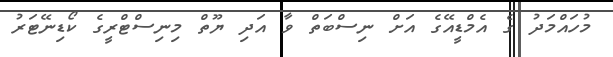
މުހައްމަދު ގެ އެމްޑީއޭގެ އަށް ނިސްބަތް ވާ އަދި ޔޫތް މިނިސްޓްރީގެ ކޯޑިނޭޓަރު